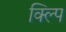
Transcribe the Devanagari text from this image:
क्ल्पि